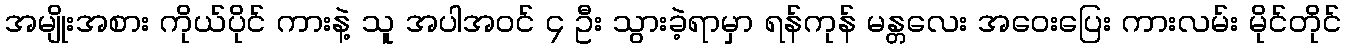
အမျိုးအစား ကိုယ်ပိုင် ကားနဲ့ သူ အပါအဝင် ၄ ဦး သွားခဲ့ရာမှာ ရန်ကုန် မန္တလေး အဝေးပြေး ကားလမ်း မိုင်တိုင်